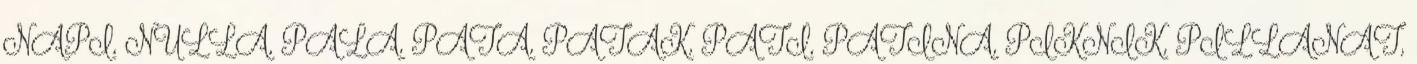
NAPI, NULLA, PALA, PATA, PATAK, PATI, PATINA, PIKNIK, PILLANAT,